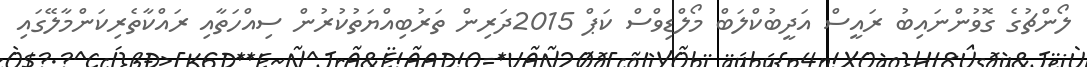
ލޯންޗުގެ ގޮވުންނައިބު ރައީސް އަދީބުކްލަބް މޯލްޑިވްސް ކަޕް 2015ދަރިން ތަރުބިއްޔަތުކުރުން ސިއްހަތާއި ރައްކާތެރިކަންމާލޭގައި